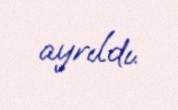
ayrıldı.